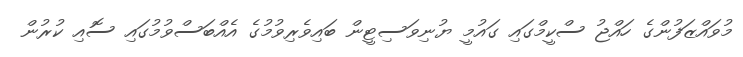
މުވައްޒަފުންގެ ހައްޖު ސްކީމްގައި ގައުމީ ޔުނިވަސިޓީން ބައިވެރިވުމުގެ އެއްބަސްވުމުގައި ސޮއި ކުރުން